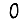
Digit: 0